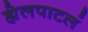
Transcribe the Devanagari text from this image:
ह्येलपाटलं